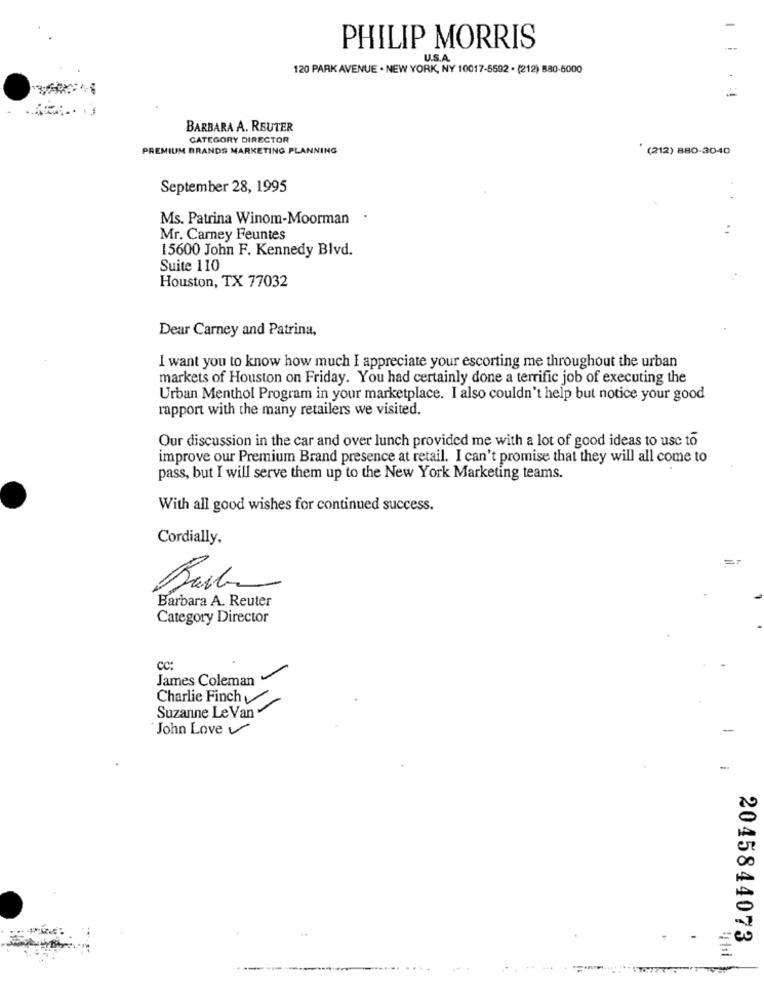
-
PHILIP MORRIS
U.S.A.
120 PARK AVENUE . NEW YORK, NY 10017-5592 . (212) 880-5000
BARBARA A. REUTER
CATEGORY DIRECTOR
PREMIUM BRANDS MARKETING PLANNING
(212) 880-3040
September 28, 1995
Ms. Patrina Winom-Moorman .
Mr. Carney Feuntes
15600 John F. Kennedy Blvd.
Suite 110
Houston, TX 77032
Dear Carney and Patrina,
I want you to know how much I appreciate your escorting me throughout the urban
markets of Houston on Friday. You had certainly done a terrific job of executing the
Urban Menthol Program in your marketplace. I also couldn't help but notice your good
rapport with the many retailers we visited.
Our discussion in the car and over lunch provided me with a lot of good ideas to use to
improve our Premium Brand presence at retail. I can't promise that they will all come to
pass, but I will serve them up to the New York Marketing teams.
With all good wishes for continued success.
Cordially,
Ball
Barbara A. Reuter
Category Director
cc:
James Coleman
Charlie Finch
Suzanne Le Van
John Love
-
2045844073